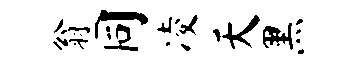
翁同凌天黑